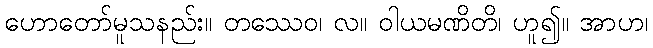
ဟောတော်မူသနည်း။ တဿေဝ၊ လ။ ဝါယမဏိတိ၊ ဟူ၍။ အာဟ၊